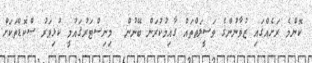
ކޮންމެ ރަށެއްގައި ޒުވާނުންގެ ވަސީލަތްތައް ގާއިމުކުރަން ބޭނުން  މިނިސްޓަރުޤައުމީ ކުޅިވަރު ސްކޮޑްތަކަށް